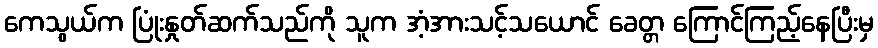
ကေသွယ်က ပြုံးနှုတ်ဆက်သည်ကို သူက အံ့အားသင့်သယောင် ခေတ္တ ကြောင်ကြည့်နေပြီးမှ